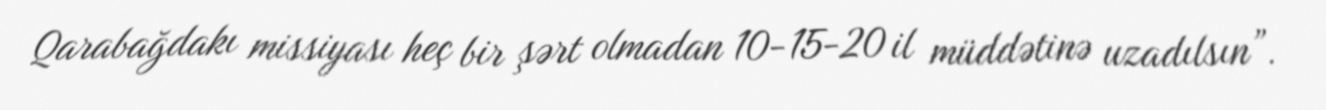
Qarabağdakı missiyası heç bir şərt olmadan 10-15-20 il müddətinə uzadılsın”.